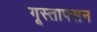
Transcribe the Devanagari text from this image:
गूस्ताफ्सन